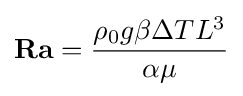
{\textbf {Ra}}={\frac {\rho _{0}g\beta \Delta TL^{3}}{\alpha \mu }}